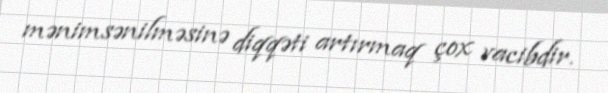
mənimsənilməsinə diqqəti artırmaq çox vacibdir.